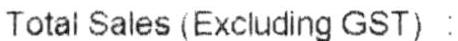
TOTAL SALES (EXCLUDING GST) :